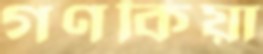
গণকিয়া